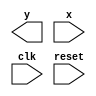
// ------------------------------------
// -- Joo Henrique Mendes de Oliveira
// -- Matricula: 392734
// ------------------------------------

//constant definitions
`define found		1
`define notfound	0

//FSM by Moore
module moore1101(y,x,clk,reset);
	output y;
	input x;
	input clk;
	input reset;
	
	reg y;
	
	parameter	//state identifiers
		start = 3'b000,
		id1 = 3'b001,
		id11 = 3'b011,
		id110 = 3'b010,
		id1101 = 3'b110; //signal found
		
		reg [1:0] E1;	//current state variables
		reg [1:0] E2;	//next state logic output
		
		//next state logic
		always @ (x or E1)
			begin
				y = `notfound;
				
				case (E1)
					start:
						if (x)
							E2 = id1;
						else
							E2 = start;
					id1:
						if (x)
							E2 = id11;
						else
							E2 = start;
					id11:
						if (x)
							E2 = id11;
						else
							E2 = id110;
					id110:
						if (x)
							E2 = id1101;
						else
							E2 = start;
					default:		//undefined state
						E2 = 2'bxx;
				endcase
			end //always at signal or state changing
			
		//state variables
			always @ (posedge clk or negedge reset)
				begin
					if (reset)
						E1 = E2;	//updates current state
					else
						E1 = start;	//reset
				end //always at signal changing
				
		//ouput logic
			always @ (E1)
				begin
					y = E1[2]; //first bit of state value
				end //always at state changing
				
endmodule //moore1101

// -----------
//	Test Moore
// -----------
module testMoore1101;
	reg x,reset,clk;
	wire y;
	
	moore1101 m1(y,x,clk,reset);
	
	initial
		begin
			x = 1'b1;
			reset = 1'b1;
			clk = 1'b0;
		end
	
	initial
		begin
		
		$display("Moore1101\nNome: Joo Henrique\nMatricula: 392734");
		
		$display("Clk  Rst  x  y");
		#4 x = 1'b0;
		#2 x = 1'b1;
		#4 $finish;
		end
		
	always
		#1 clk = ~clk;
	
	always @(posedge clk)
		begin
			$display("%d	%b  %b  %b",$time,reset,x,y);
		end

endmodule //testMoore